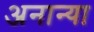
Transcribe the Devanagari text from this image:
अनान्या